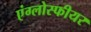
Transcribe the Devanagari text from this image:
एंग्लोस्फीयर